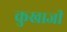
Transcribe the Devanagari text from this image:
कुखाजी